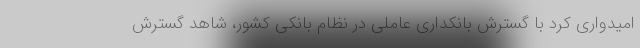
امیدواری کرد با گسترش بانکداری عاملی در نظام بانکی کشور، شاهد گسترش